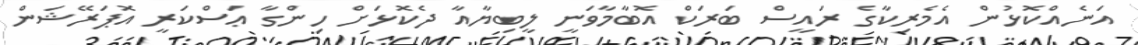
އަނެއްކޮޅުން އެމެރިކާގެ ރައީސް ބަރަކް އޮބާމާވަނީ ލީބިޔާއާ ދެކޮޅަށް ހިންގާ ޢަސްކަރީ އޮޕަރޭޝަން